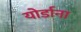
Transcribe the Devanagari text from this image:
योर्डाना